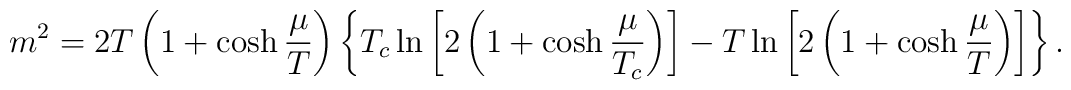
m^2=2T\left(1+\cosh \frac{\mu}{T}\right)\left\{      T_c\ln \left[2\left(      1+\cosh \frac{\mu}{T_c}\right)\right]-      T\ln \left[2\left(1+\cosh \frac{\mu}{T}\right)\right]                                          \right\}.